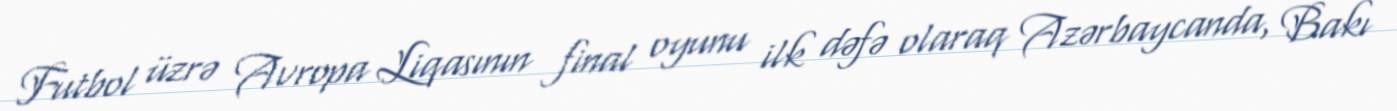
Futbol üzrə Avropa Liqasının final oyunu ilk dəfə olaraq Azərbaycanda, Bakı